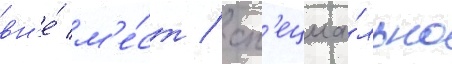
вн'е́ м'е́ст / сп'ециа́льно